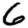
Digit: 6